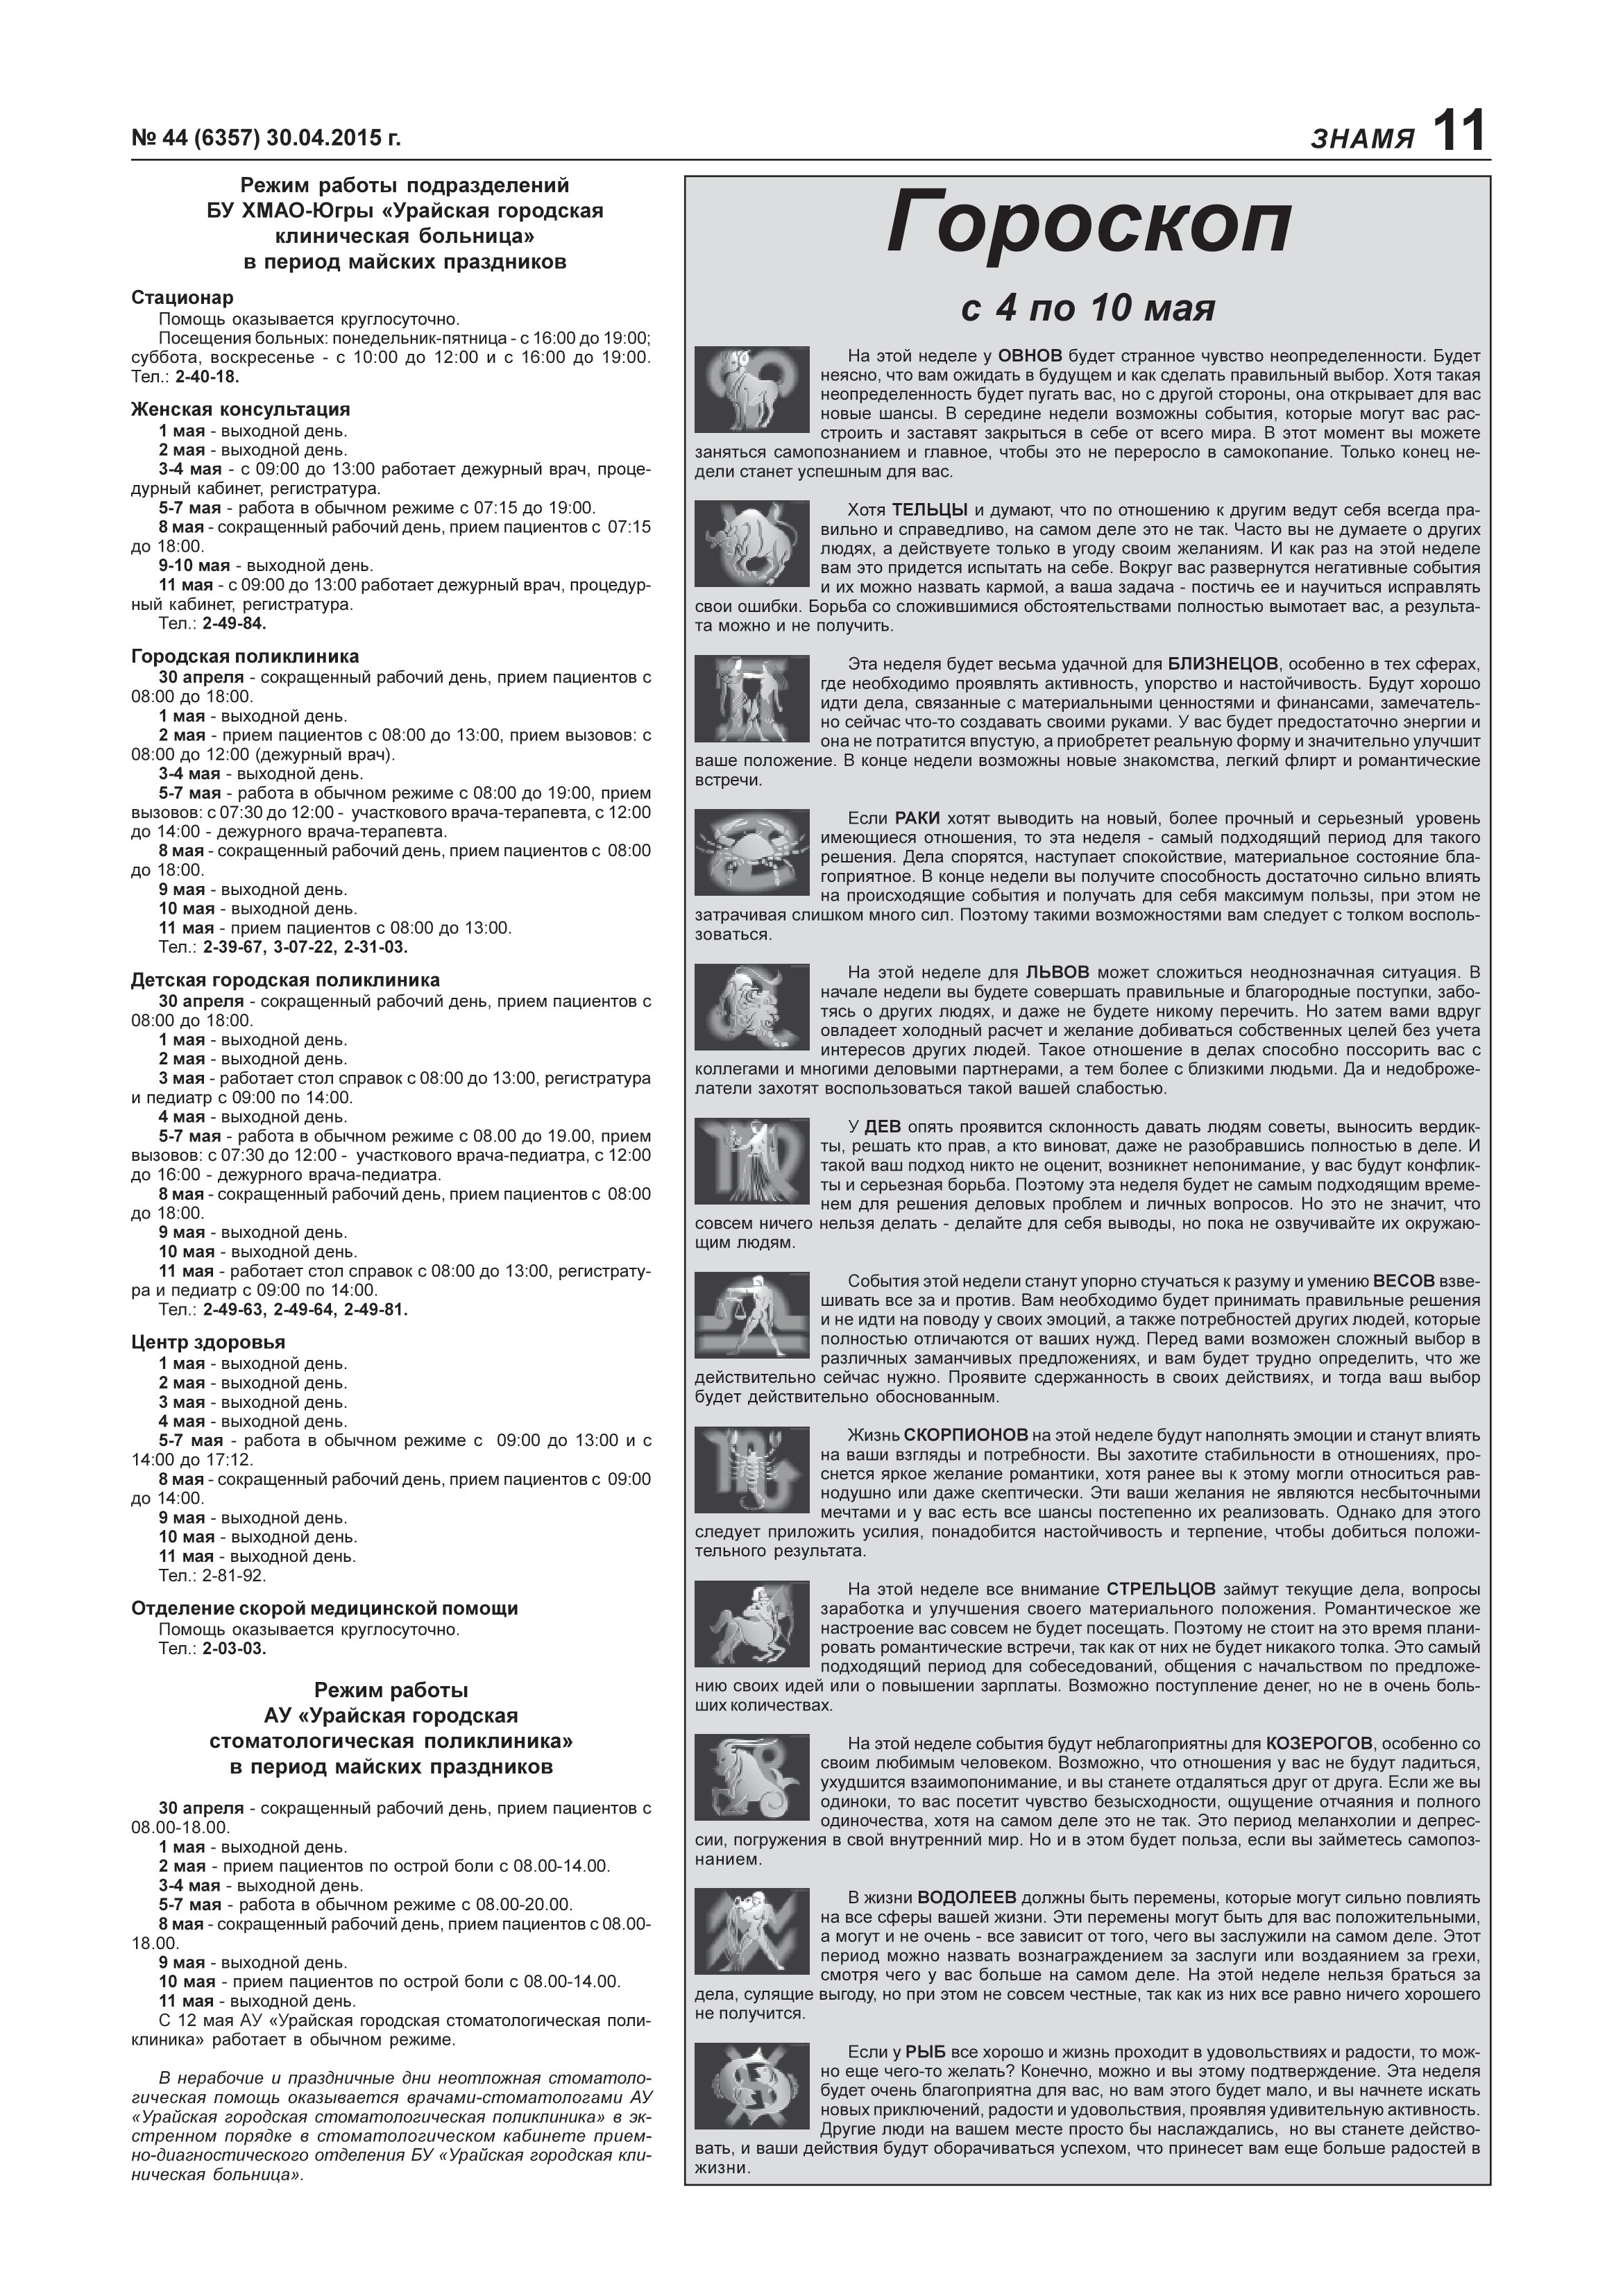
Language: ru